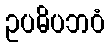
ဥပဓိပဘဝံ